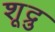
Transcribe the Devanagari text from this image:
शूद्रु